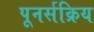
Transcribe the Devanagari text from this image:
पूनर्सक्रिय